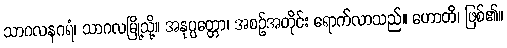
သာဂလနဂရံ၊ သာဂလမြို့သို့။ အနုပ္ပတ္တော၊ အစဉ်အတိုင်း ရောက်လာသည်။ ဟောတိ၊ ဖြစ်၏။